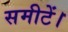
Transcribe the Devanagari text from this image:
समीटें।